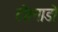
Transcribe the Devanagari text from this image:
टोरनाडो